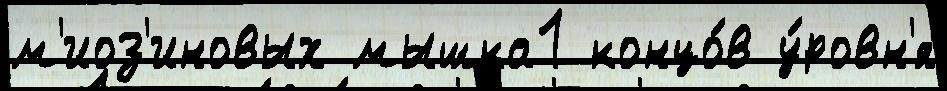
м'иоз'иновых мышка1 концо́в у́ровн'я